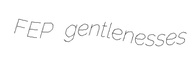
FEP gentlenesses